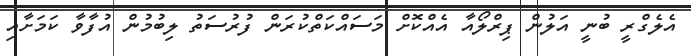
އެލެގްރީ ބުނީ އަލުން ޕިރްލޯއާ އެއްކޮށް މަސައްކަތްކުރަން ފުރުސަތު ލިބުމުން އުފާވާ ކަމަށާއި